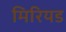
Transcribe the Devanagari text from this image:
मिरियड